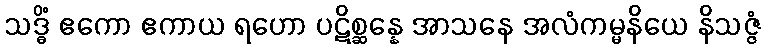
သဒ္ဓိံ ဧကော ဧကာယ ရဟော ပဋိစ္ဆန္နေ အာသနေ အလံကမ္မနိယေ နိသဇ္ဇံ